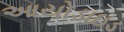
આયોડાઇડ